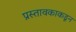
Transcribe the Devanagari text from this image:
प्रस्तावकाकडून